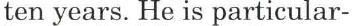
ten years. He is particular-